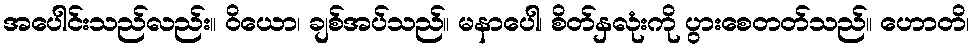
အပေါင်းသည်လည်း။ ဝိယော၊ ချစ်အပ်သည်။ မနာပေါ၊ စိတ်နှလုံးကို ပွားစေတတ်သည်။ ဟောတိ၊